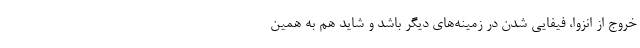
خروج از انزوا، فیفایی شدن در زمینه‌های دیگر باشد و شاید هم به همین